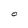
Character: O